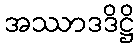
အဿာဒဒိဋ္ဌိ